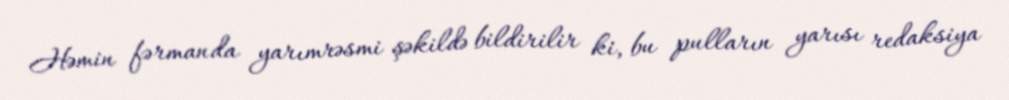
Həmin fərmanda yarımrəsmi şəkildə bildirilir ki, bu pulların yarısı redaksiya